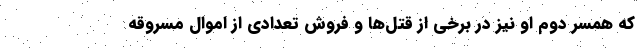
که همسر دوم او نیز در برخی از قتل‌ها و فروش تعدادی از اموال مسروقه